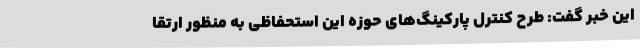
این خبر گفت: طرح کنترل پارکینگ‌های حوزه این استحفاظی به منظور ارتقا